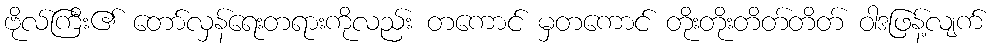
ဗိုလ်ကြီး၏ တော်လှန်ရေးတရားကိုလည်း တကောင် မှတကောင် တိုးတိုးတိတ်တိတ် ဝါဒဖြန့်လျက်